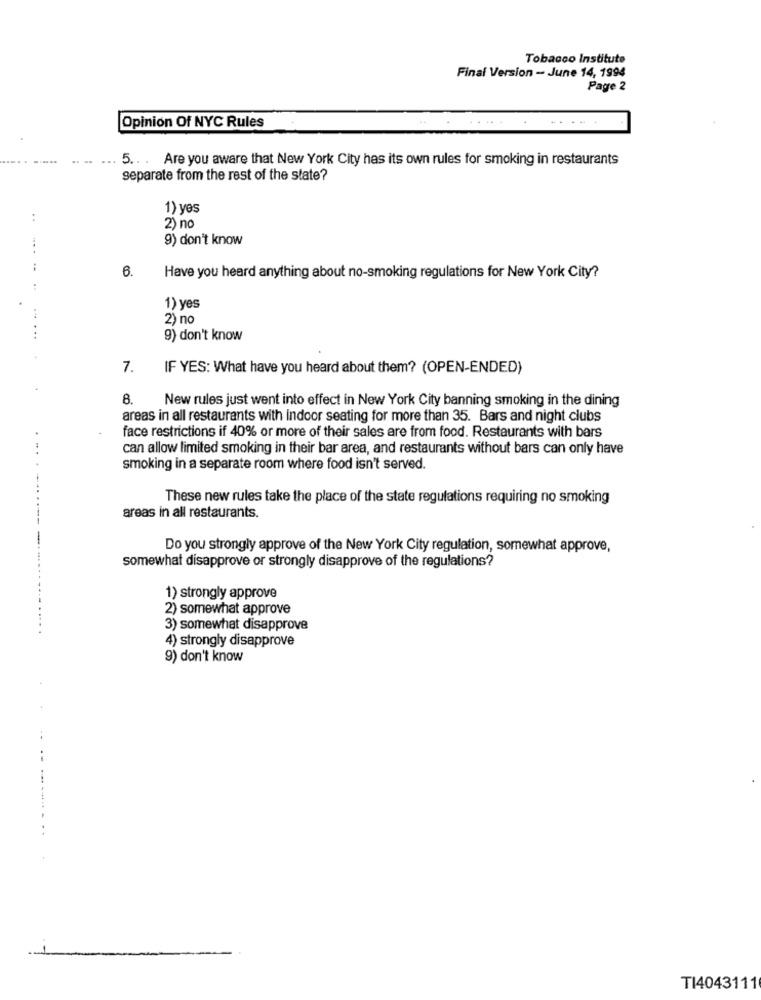
Tobacco Instituto
Final Version - June 14, 1994
Page 2
Opinion Of NYC Rules
...
5 .. . Are you aware that New York City has its own rules for smoking in restaurants
separate from the rest of the state?
1) yes
..
2) no
9) don't know
6.
Have you heard anything about no-smoking regulations for New York City?
:
1) yes
2) no
9) don't know
7.
IF YES: What have you heard about them? (OPEN-ENDED)
8.
New rules just went into effect in New York City banning smoking in the dining
areas in all restaurants with indoor seating for more than 35. Bars and night clubs
face restrictions if 40% or more of their sales are from food. Restaurants with bars
can allow limited smoking in their bar area, and restaurants without bars can only have
smoking in a separate room where food isn't served.
These new rules take the place of the state regulations requiring no smoking
areas in all restaurants.
Do you strongly approve of the New York City regulation, somewhat approve,
somewhat disapprove or strongly disapprove of the regulations?
1) strongly approve
2) somewhat approve
3) somewhat disapprove
4) strongly disapprove
9) don't know
TI4043111